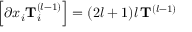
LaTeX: \left[ \partial x _ { i } \mathbf { T } _ { i } ^ { ( l - 1 ) } \right] = ( 2 l + 1 ) l \, \mathbf { T } ^ { ( l - 1 ) }